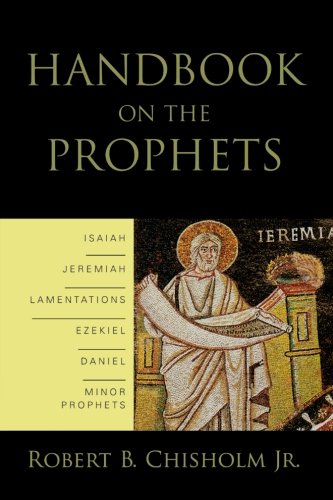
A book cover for Handbook on the Prophets; Robert B. Jr. Chisholm; Christian Books & Bibles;